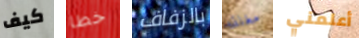
كيف خطا بالزفاف مغلقه أعلمني